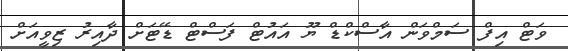
ވަޓް އިފް ސަމްވަން އާސްކްޑް ޔޫ އައުޓް ފަސްޓް ޑޭޓަށް ދާއިރު ޒިވީއަށް